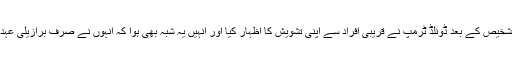
رپورٹ میں بتایا گیا کہ برازایلی صدر کے میڈیا ترجمان کی جانب سے خود میں کورونا وائرس کی تشخیص کے بعد ڈونلڈ ٹرمپ نے قریبی افراد سے اپنی تشویش کا اظہار کیا اور انہیں یہ شبہ بھی ہوا کہ انہوں نے صرف برازیلی عہدیدار بلکہ ممکنہ طور پر دوسرے ایسے افراد سے بھی ملاقات کی ہوگی جو وائرس کا شکار ہوں گے۔